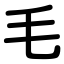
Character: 毛